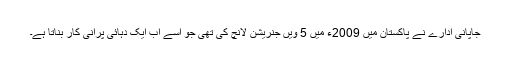
جاپانی ادارے نے پاکستان میں 2009ء میں 5 ویں جنریشن لانچ کی تھی جو اسے اب ایک دہائی پرانی کار بناتا ہے۔